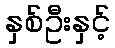
နှစ်ဦးနှင့်